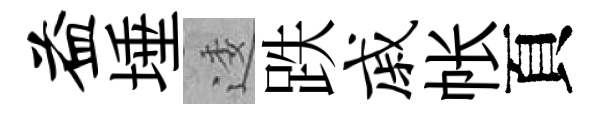
益埵逶跌戚帐頁